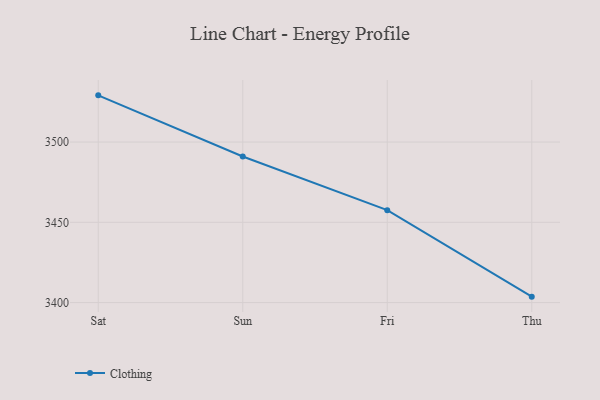
{"axis": {"x": "Day", "y": "Churn Rate (%)"}, "legend": ["Clothing"], "data": [{"x": "Sat", "y": 3529.1, "type": "Clothing"}, {"x": "Sun", "y": 3491.0, "type": "Clothing"}, {"x": "Fri", "y": 3457.6, "type": "Clothing"}, {"x": "Thu", "y": 3403.7, "type": "Clothing"}]}